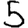
Digit: 5